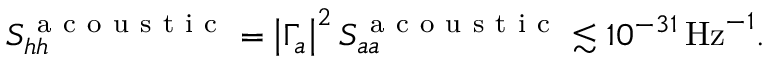
S _ { h h } ^ { \mathrm { ~ a ~ c ~ o ~ u ~ s ~ t ~ i ~ c ~ } } = \left| \Gamma _ { a } \right| ^ { 2 } S _ { a a } ^ { \mathrm { ~ a ~ c ~ o ~ u ~ s ~ t ~ i ~ c ~ } } \lesssim 1 0 ^ { - 3 1 } \mathrm { \, H z } ^ { - 1 } .